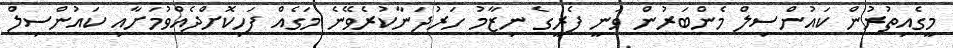
މީގެއިތުރުން ކައުންސިލް މެންބަރުން ވަނީ ފެރީގެ ނިޒާމު ހަރުދަނާކުރެވޭނެ މަގެއް ފަހިކޮށްދެއްވުމަށާއި ކައުންސިލް